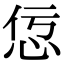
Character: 𢘢